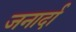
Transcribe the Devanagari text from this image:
जनार्दा